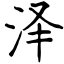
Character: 泽